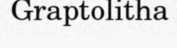
Graptolitha